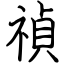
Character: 禎